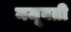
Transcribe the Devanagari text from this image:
मजूबती